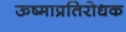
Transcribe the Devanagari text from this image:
ऊष्माप्रतिरोधक